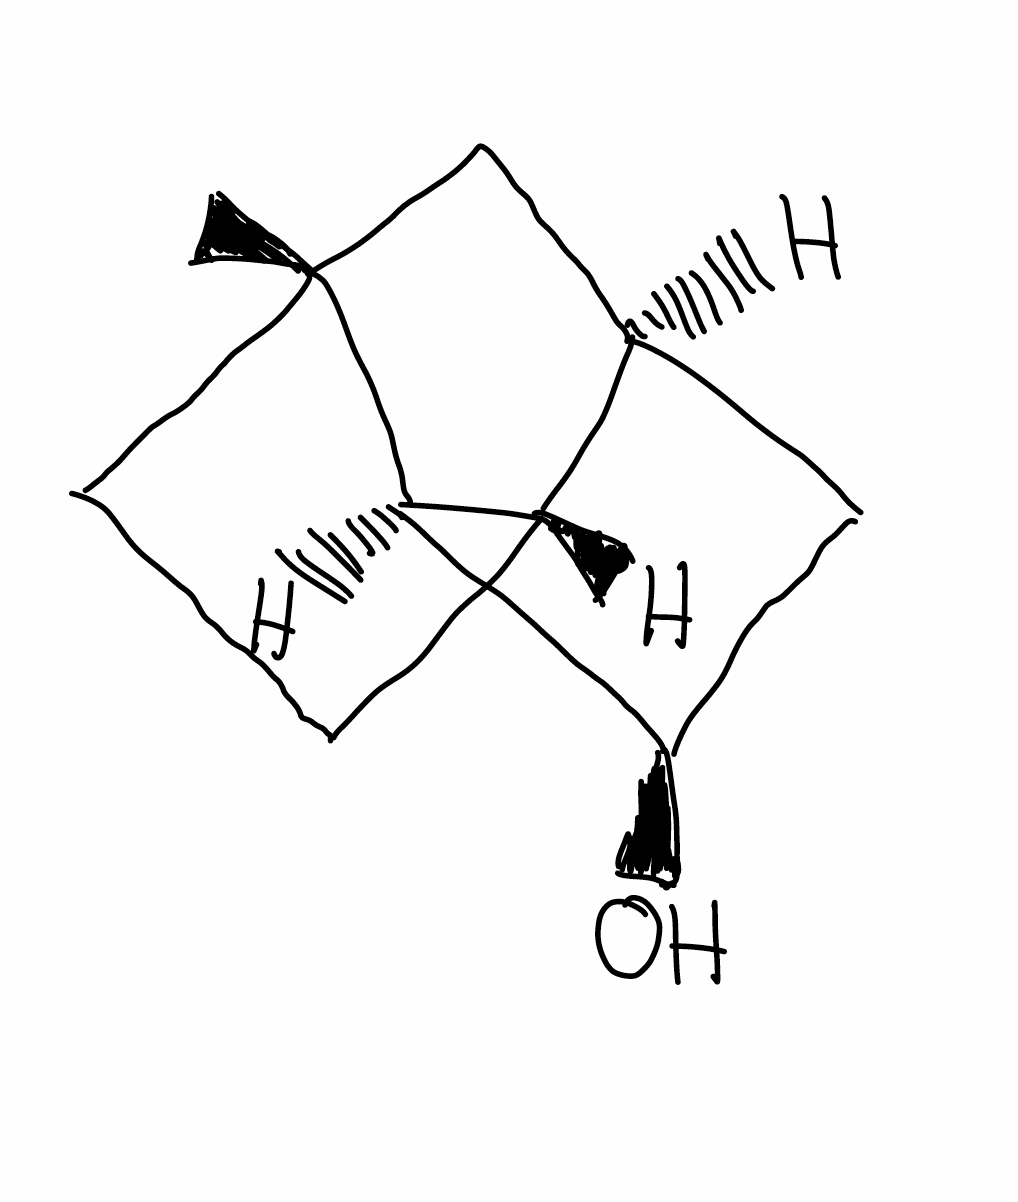
Simplified molecular-input line-entry system (SMILES) notation of the given molecule:
C[C@]12CC[C@@H]3[C@H]1[C@@H](C[C@@H]3C2)O